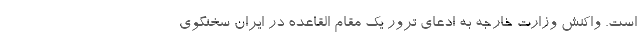
است. واکنش وزارت خارجه به ادعای ترور یک مقام القاعده در ایران سخنگوی